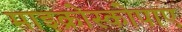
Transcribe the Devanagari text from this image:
माइक्रोस्कोपाए